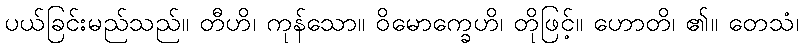
ပယ်ခြင်းမည်သည်။ တီဟိ၊ ကုန်သော။ ဝိမောက္ခေဟိ၊ တိုဖြင့်။ ဟောတိ၊ ၏။ တေသံ၊